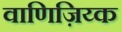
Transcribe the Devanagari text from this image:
वाणिज़िय्क